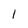
Character: l